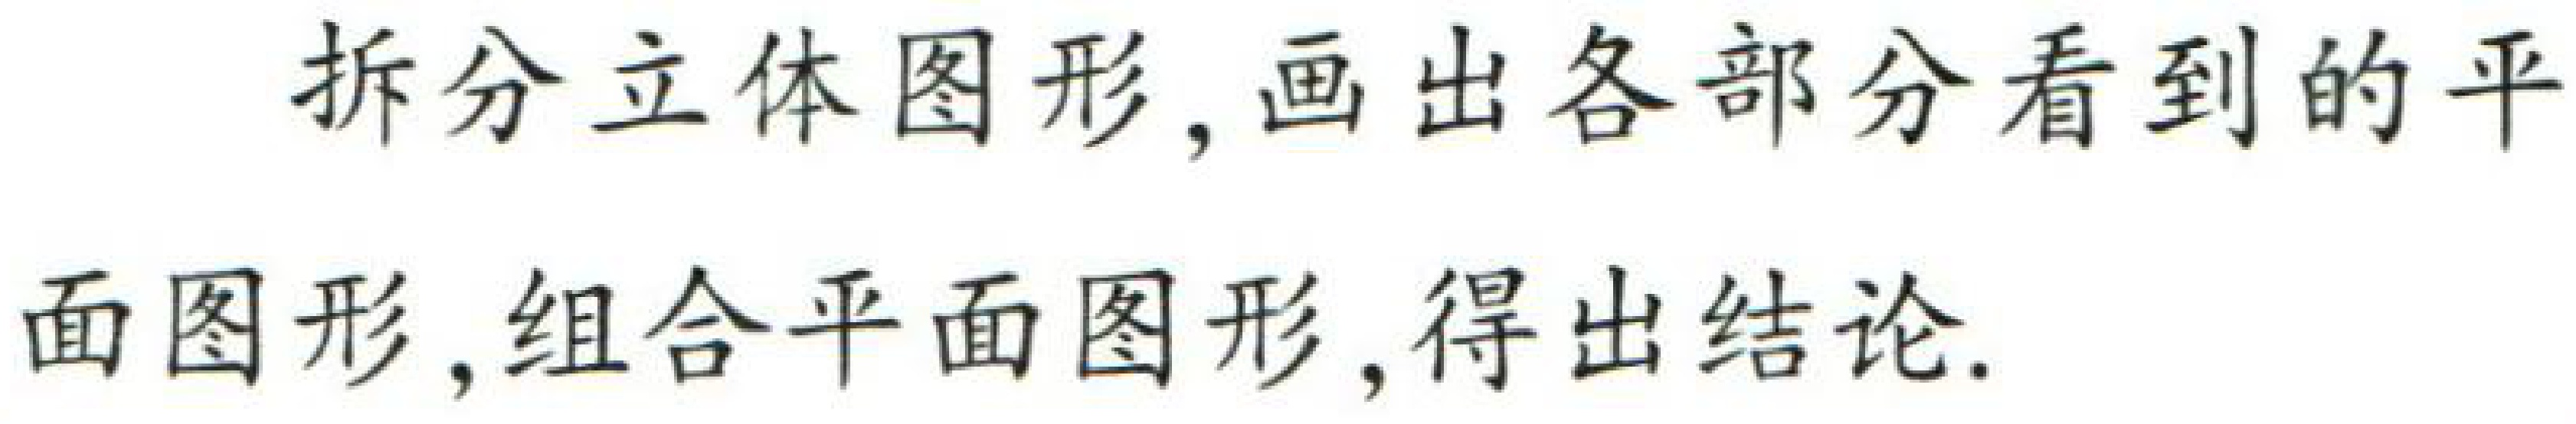
拆分立体图形,画出各部分看到的平面图形,组合平面图形,得出结论.